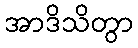
အာဒိသိတွာ